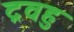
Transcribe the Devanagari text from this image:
द्रवहु